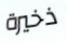
ذخيرة